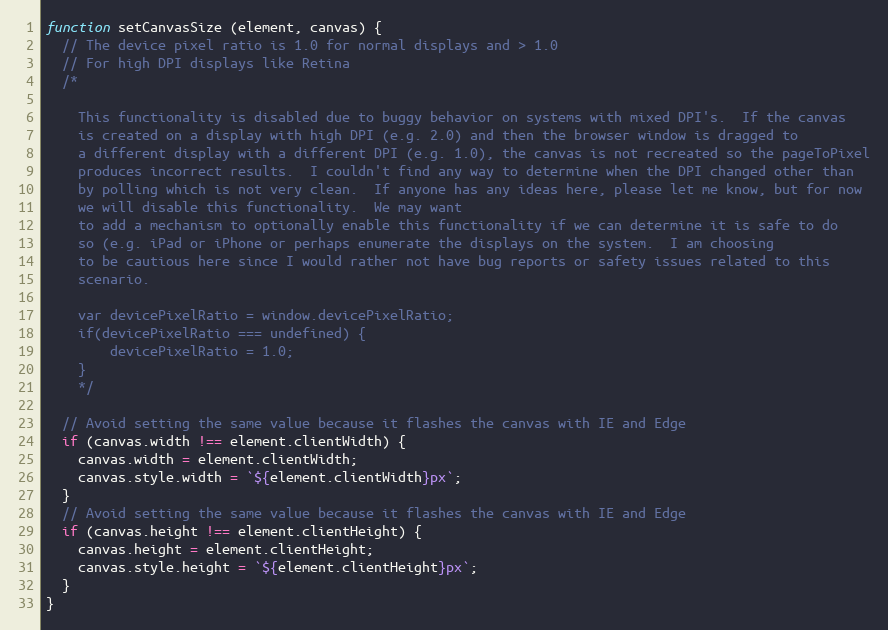
Language: JavaScript
function setCanvasSize (element, canvas) {
  // The device pixel ratio is 1.0 for normal displays and > 1.0
  // For high DPI displays like Retina
  /*

    This functionality is disabled due to buggy behavior on systems with mixed DPI's.  If the canvas
    is created on a display with high DPI (e.g. 2.0) and then the browser window is dragged to
    a different display with a different DPI (e.g. 1.0), the canvas is not recreated so the pageToPixel
    produces incorrect results.  I couldn't find any way to determine when the DPI changed other than
    by polling which is not very clean.  If anyone has any ideas here, please let me know, but for now
    we will disable this functionality.  We may want
    to add a mechanism to optionally enable this functionality if we can determine it is safe to do
    so (e.g. iPad or iPhone or perhaps enumerate the displays on the system.  I am choosing
    to be cautious here since I would rather not have bug reports or safety issues related to this
    scenario.

    var devicePixelRatio = window.devicePixelRatio;
    if(devicePixelRatio === undefined) {
        devicePixelRatio = 1.0;
    }
    */

  // Avoid setting the same value because it flashes the canvas with IE and Edge
  if (canvas.width !== element.clientWidth) {
    canvas.width = element.clientWidth;
    canvas.style.width = `${element.clientWidth}px`;
  }
  // Avoid setting the same value because it flashes the canvas with IE and Edge
  if (canvas.height !== element.clientHeight) {
    canvas.height = element.clientHeight;
    canvas.style.height = `${element.clientHeight}px`;
  }
}